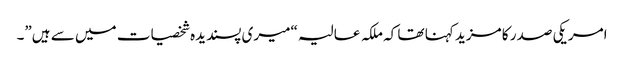
امریکی صدر کا مزید کہنا تھا کہ ملکہ عالیہ “میری پسندیدہ شخصیات میں سے ہیں”۔